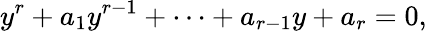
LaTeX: y^{r}+a_{1}y^{r-1}+\cdots+a_{r-1}y+a_{r}=0,